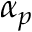
\alpha _ { p }